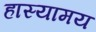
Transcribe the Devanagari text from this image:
हास्यामय